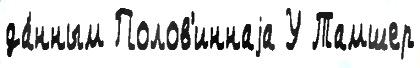
да́нным Полов'иннаjа У Тамшер